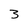
Character: 3